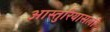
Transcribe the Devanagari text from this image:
आस्तुरियासला